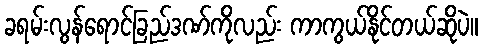
ခရမ်းလွန်ရောင်ခြည်ဒဏ်ကိုလည်း ကာကွယ်နိုင်တယ်ဆိုပဲ။